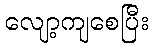
လျော့ကျစေပြီး